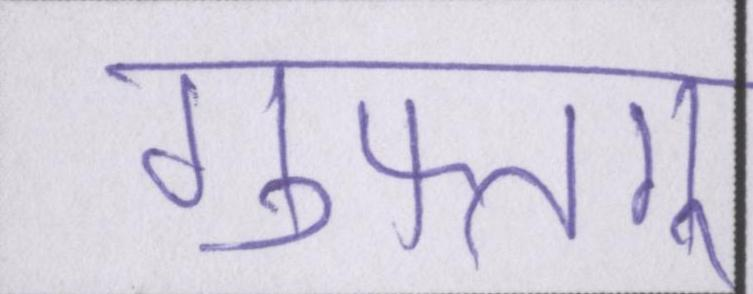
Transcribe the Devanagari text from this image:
गुफ्तगू